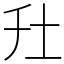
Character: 圱